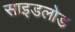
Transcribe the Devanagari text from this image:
साइडलोड